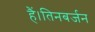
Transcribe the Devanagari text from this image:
हैं।तिनबर्जन